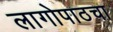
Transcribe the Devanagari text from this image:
लागोपाठचा